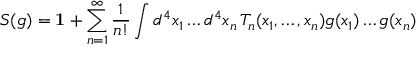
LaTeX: S ( g ) = \mathbf { 1 } + \sum _ { n = 1 } ^ { \infty } \frac { 1 } { n ! } \int d ^ { 4 } x _ { 1 } \ldots d ^ { 4 } x _ { n } \, T _ { n } ( x _ { 1 } , \ldots , x _ { n } ) g ( x _ { 1 } ) \ldots g ( x _ { n } )